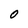
Character: 0